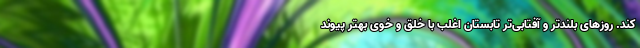
کند. روزهای بلندتر و آفتابی‌تر تابستان اغلب با خلق و خوی بهتر پیوند